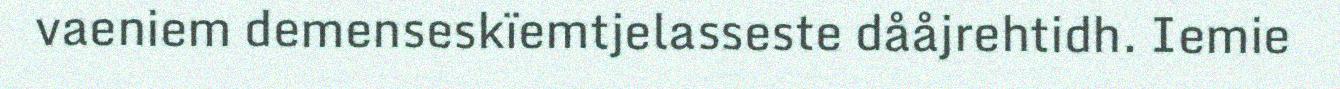
vaeniem demenseskïemtjelasseste dååjrehtidh. Iemie